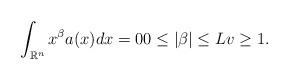
LaTeX: \begin{align*}\int_{\mathbb{R}^{n}}x^{\beta }a(x)dx=0 0\leq |\beta|\leq Lv\geq 1. \end{align*}